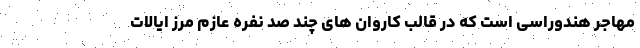
مهاجر هندوراسی است که در قالب کاروان های چند صد نفره عازم مرز ایالات